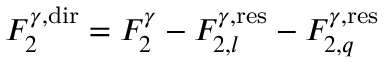
F _ { 2 } ^ { \gamma , { \mathrm { d i r } } } = F _ { 2 } ^ { \gamma } - F _ { 2 , l } ^ { \gamma , { \mathrm { r e s } } } - F _ { 2 , q } ^ { \gamma , { \mathrm { r e s } } }